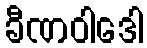
ခီဏဝါဒေါ